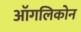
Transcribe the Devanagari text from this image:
ऑगलिकोन